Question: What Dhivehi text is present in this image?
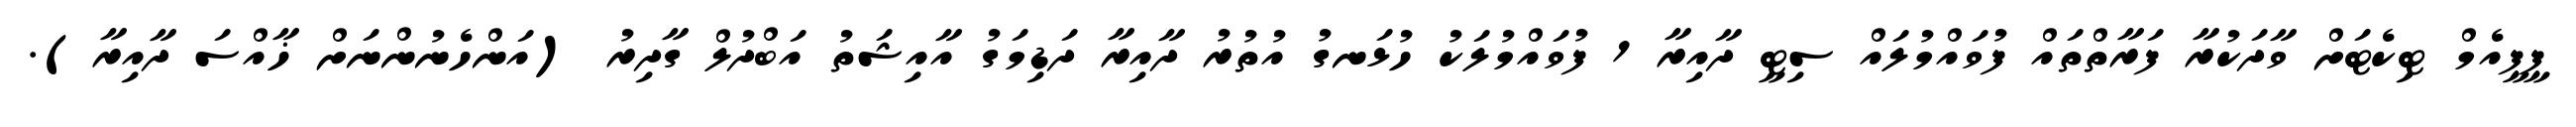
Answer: ޕީޕީއެމް ޓިކެޓަށް ވާދަކުރާ ފަރާތްތައް ފުވައްމުލައް ސިޓީ ދާއިރާ 1 ފުވައްމުލަކު ހުޅަނގު އުތުރު ދާއިރާ ދަޑިމަގު އާއިޝަތު އަބްދުލް ގާދިރު (އަންހެނުންނަށް ޚާއްސަ ދާއިރާ).